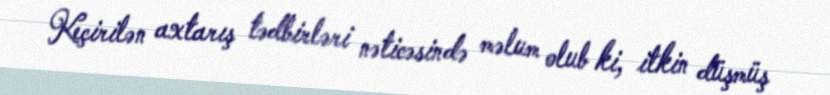
Keçirilən axtarış tədbirləri nəticəsində məlum olub ki, itkin düşmüş